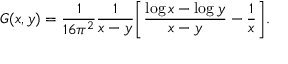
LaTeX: G ( x , y ) = \frac { 1 } { 1 6 \pi ^ { 2 } } \frac { 1 } { x - y } \bigg [ \frac { \log x - \log y } { x - y } - \frac { 1 } { x } \bigg ] .